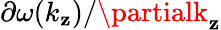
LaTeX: \partial\omega(k_{\mathbf{z}})/\partialk_{\mathbf{z}}